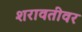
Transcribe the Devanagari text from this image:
शरावतीवर